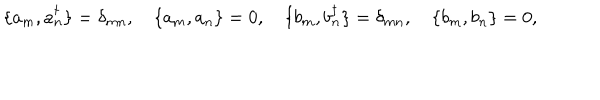
\{ a _ { m } , a _ { n } ^ { \dagger } \} = \delta _ { m n } , \quad \{ a _ { m } , a _ { n } \} = 0 , \quad \{ b _ { m } , b _ { n } ^ { \dagger } \} = \delta _ { m n } , \quad \{ b _ { m } , b _ { n } \} = 0 ,